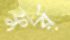
ফুর্র্